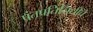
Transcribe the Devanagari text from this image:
पंतप्रतिनिधींचे